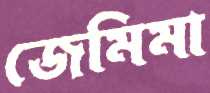
জেমিমা